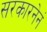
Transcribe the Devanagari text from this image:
सरकारनेनं